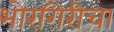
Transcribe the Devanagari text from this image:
भोरगिरीचा